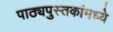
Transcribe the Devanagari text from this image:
पाठ्यपुस्तकांमध्ये